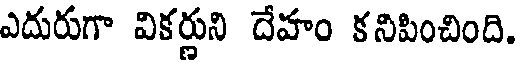
ఎదురుగా వికర్ణుని దేహం కనిపించింది.